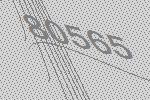
80565